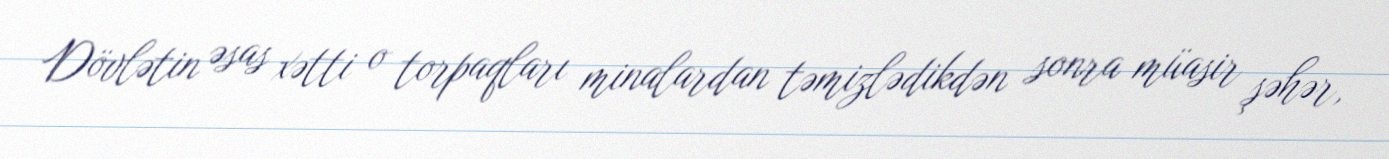
Dövlətin əsas xətti o torpaqları minalardan təmizlədikdən sonra müasir şəhər,